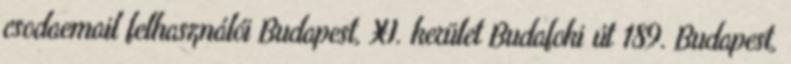
csodaemail felhasználói Budapest, XI. kerület Budafoki út 189. Budapest,